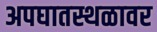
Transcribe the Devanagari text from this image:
अपघातस्थळावर